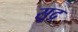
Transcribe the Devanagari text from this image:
सूद्र